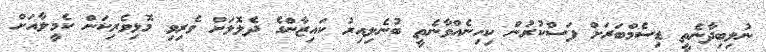
ނުލިބިދާނެތީ ޑިސެމްބަރަށް ފަސްކުރުން ކިހިނެއްވާނެތީ ބުނެލިއިރު ކައިޒާންގެ ދެލޮލަށް ވެރިވި މޮޅިވެރިކަން ކެމީލާއަށް